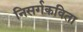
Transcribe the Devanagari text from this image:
निसर्गकविता